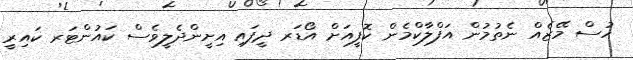
ހުސް މޭޒެއް ނެތުމުން އަފްލާކްމެން ކޮފީއަށް އޯޑަރ ދީފައި އިށީންދެލީވެސް ކައުންޓަރ ކައިރީ